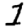
Digit: 1